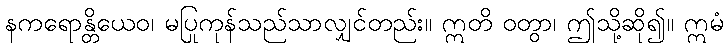
နကရောန္တိယေဝ၊ မပြုကုန်သည်သာလျှင်တည်း။ ဣတိ ဝတွာ၊ ဤသို့ဆို၍။ ဣမံ